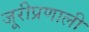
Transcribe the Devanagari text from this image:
जूरीप्रणाली